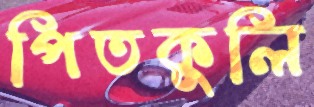
পিতকুলি